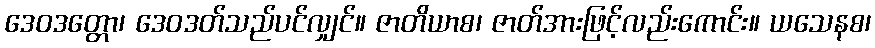
ဒေဝဒတ္တော၊ ဒေဝဒတ်သည်ပင်လျှင်။ ဇာတိယာစ၊ ဇာတ်အားဖြင့်လည်းကောင်း။ ယသေနစ၊